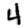
Digit: 4